system: You are a helpful assistant.
user:
Analyze the provided spectrum to determine if it is a **M-type Giant (gM)**.

A M-type Giant spectrum is defined by its **strong molecular absorption** features, particularly from **Titanium Oxide (TiO)**. You must check for one of the following mutually exclusive signatures:

- **Key Visual Indicators (Absorption-Dominated Spectrum):**

    - **(Primary):** The spectrum is dominated by strong molecular absorption from **Titanium Oxide (TiO)**. This is the **defining feature** of its M-type temperature class.
        - **(Key Bandheads):** Look for sharp, "saw-tooth" absorption valleys. The strongest are located near **~7050 Å**, **~6160 Å**, and **~5170 Å**.
        - **(Line Profile):** The "saw-tooth" morphology is critical: a **sharp, steep drop on the BLUE (short-wavelength) side** of the bandhead, followed by a gradual recovery (rising flux) towards the RED (long-wavelength) side.

    - **(Key Confirmation - Giant vs. Dwarf):** **ABSENCE** of strong **Calcium Hydride (CaH)** molecular bands. This is the primary diagnostic for *excluding* M-dwarfs.
        - **(Key Region):** The spectrum should lack the strong, broad absorption band seen in dwarfs between **~6800 Å and ~7000 Å**.

    - **(Secondary Confirmation - Giant):** A very strong and broad **Neutral Calcium (Ca I)** atomic absorption line.
        - **(Key Line):** Located at **~4226 Å**. In a giant (gM), this line is significantly deeper and broader than the same line in an M-dwarf (dM) due to low surface gravity.

    - **(Overall Spectrum):**
        - The continuum is **extremely red-sloping** (i.e., flux is very low in the blue and rises dramatically towards the red).
        - The entire spectrum appears "chopped up" by the deep TiO bands.

Think first, call **spectral_visualization_tool** if needed to examine features in detail, then provide your final answer. Your response must adhere to the following strict rules:
1.  **Overall Structure:** Your response must follow the format `<think>...</think> <tool_call>...</tool_call> (if a tool is used) <answer>...</answer>`.
2.  **Tool Usage Constraint:** You may only make **one** tool call per turn.
3.  **Final Answer Format:** In the `<answer>` tag, your conclusion must be inside a `\boxed{}` command (e.g., `\boxed{YES}` or `\boxed{NO}`), followed by your justification.

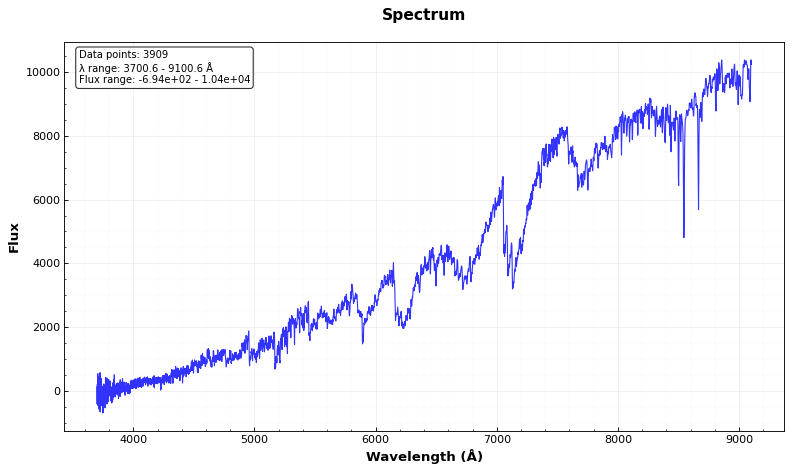
Answer: YES